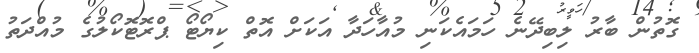
ގޮތުން ބާރު ލިބިދޭނެ ހަމައެކަނި މުއާހަދާ އަކަށް އޮތް ކިޔޯޓޯ ޕްރޮޓޮކޯލުގެ މުއްދަތު